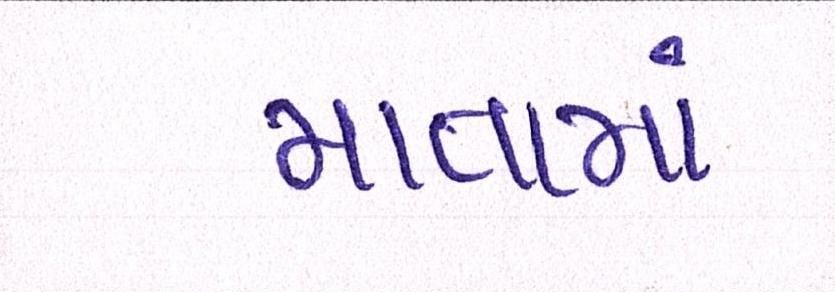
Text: માતામાં